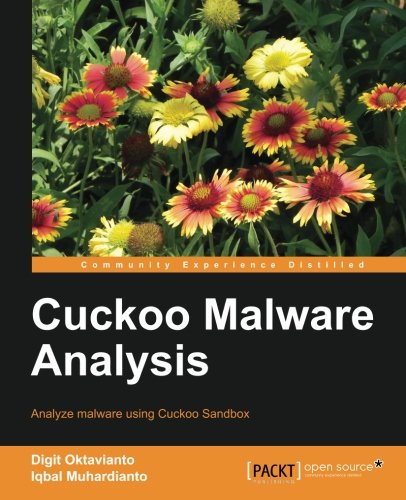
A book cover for Cuckoo Malware Analysis; Digit Oktavianto; Computers & Technology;